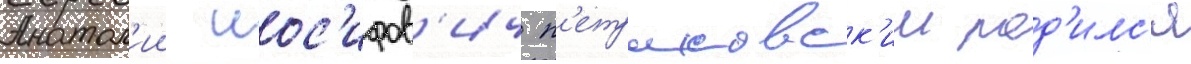
Анатол'ии иос'ифов'ич п'етраковск'ии род'илс'я